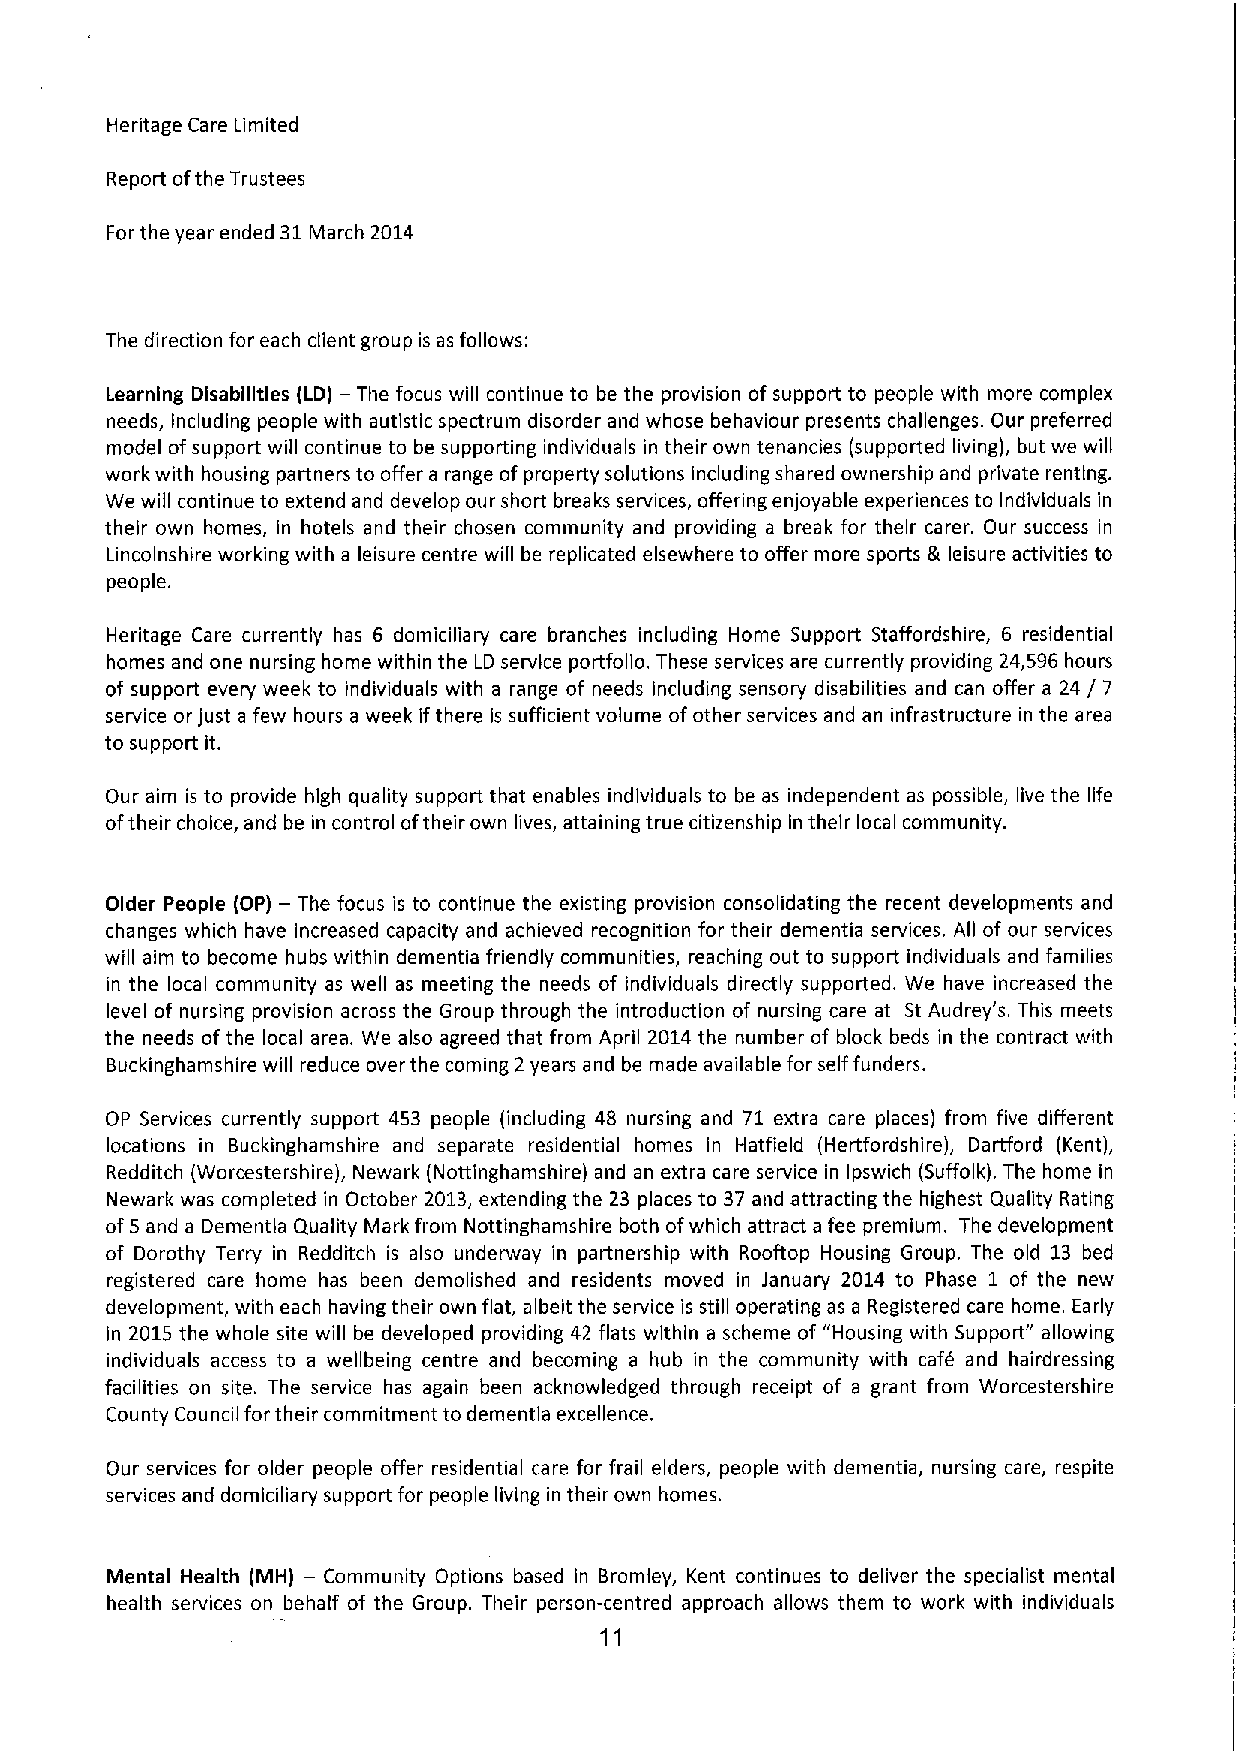
Heritage Care Limited
 Report ofthe Trustees
 For the year ended 31March 2014
 The direction for each client group is as follows:
 Learning Disabilities (LD) — The focus will continue to be the provision of support to people with more complex
 needs, Including people with autistic spectrum disorder and whose behaviour presents challenges. Our preferred
 model ofsupport will continue to be supporting individuals in their own tenancies (supported living), but we will
 work with housing partners to offer a range ofproperty solutions including shared ownership and private renting.
 We will continue to extend and develop our short breaks services, offering enjoyable experiences to individuals in
 their own homes, in hotels and their chosen community and providing a break for their carer. Our success in
 Lincolnshire working with a leisure centre will be replicated elsewhere to offer more sports & leisure activities to
 people.
 Heritage Care currently has 6 domiciliary care branches including I-lome Support Staffordshire, 6 residential
 homes and one nursing home within the LD service portfolio. These services are currently providing 24,596hours
 of support every week to individuals with a range of needs including sensory disabilities and can offer a 24/7
 service or just a few hours a week ifthere is sufficient volume ofother services and an infrastructure in the area
 to support it.
 Our aim is to provide high quality support that enables individuals to be as independent as possible, live the life
 oftheir choice, and be in control oftheir own lives, attaining true citizenship In their local community.
 Older People (OP) — The focus is to continue the existing provision consolidating the recent developments and
 changes which have increased capacity and achieved recognition for their dementia services. All of our services
 will aim to become hubs within dementia friendly communities, reaching out to support individuals and families
 in the local community as well as meeting the needs of individuals directly supported. We have increased the
 level of nursing provision across the Group through the introduction of nursing care at St Audrey's. This meets
 the needs ofthe local area. We also agreed that from April 2014 the number of block beds in the contract with
 Buckinghamshire will reduce over the coming 2 years and be made available for self funders.
 OP Services currently support 453 people (including 48 nursing and 71 extra care places) from five different
 locations in Buckinghamshire and separate residential homes in Hatfield (Hertfordshire), Dartford (Kent),
 Redditch (Worcestershire), Newark (Nottinghamshire) and an extra care service in Ipswich (Suffolk). The home in
 Newark was completed in October 2013,extending the 23 places to 37 and attracting the highest Quality Rating
 of5 and a Dementia Quality Mark from Nottinghamshire both ofwhich attract a fee premium. The development
 of Dorothy Terry in Redditch is also underway in partnership with Rooftop Housing Group. The old 13 bed
 registered care home has been demolished and residents moved in January 2014 to Phase 1 of the new
 development, with each having their own flat, albeit the service is still operating as a Registered care home. Early
 in 2015 the whole site will be developed providing 42 flats within a scheme of "Housing with Support" allowing
 individuals access to a wellbeing centre and becoming a hub in the community with cafe and hairdressing
 facilities on site. The service has again been acknowledged through receipt of a grant from Worcestershire
 County Council for their commitment to dementia excellence.
 Our services for older people offer residential care for frail elders, people with dementia, nursing care, respite
 services and domiciliary support for people living in their own homes.
 Mental Health (MH) — Community Options based in Bromley, Kent continues to deliver the specialist mental
 health services on behalf of the Group. Their person-centred approach allows them to work with individuals
 11